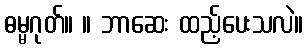
ဓမ္မဂုတ်။ ။ ဘာဆေး ထည့်ပေးသလဲ။